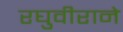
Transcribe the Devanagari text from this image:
रघुवीराने